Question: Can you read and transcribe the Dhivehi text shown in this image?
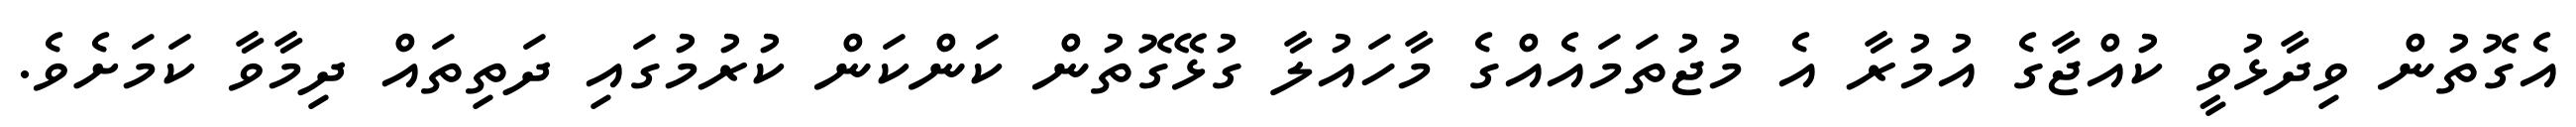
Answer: އެގޮތުން ވިދާޅުވީ ކުއްޖާގެ އުމުރާ އެ މުޖުތަމައެއްގެ މާހައުލާ ގުޅޭގޮތުން ކަންކަން ކުރުމުގައި ދަތިތައް ދިމާވާ ކަމަށެވެ.